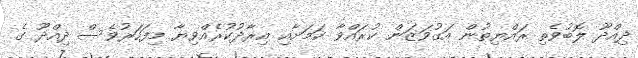
ދިއްދޫ ލޮބުވެތި ރައްޔިތުން އަގުވަޒަން ކުރައްވާ ކަމަށާއި އިރާދުކުރެއްވިޔާ މިފަހަރުވެސް ދިއްދޫ ގެ